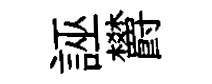
誣欝